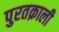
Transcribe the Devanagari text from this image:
पुरतक़ाली